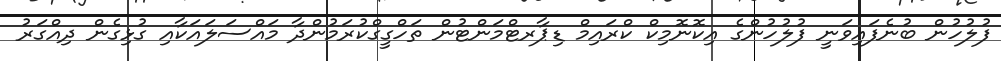
ފުލުހުން ބުނެފައިވަނީ ފުލުހުންގެ އިކޮނޮމިކް ކްރައިމް ޑިޕާރޓްމަންޓުން ތަހްގީގްކުރަމުންދާ މައްސަލައަކާއި ގުޅިގެން ދިއްގަރު